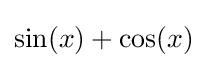
\sin(x)+\cos(x)